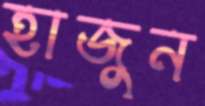
হাজুন